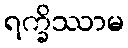
ရက္ခိဿာမ